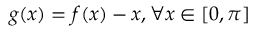
g ( x ) = f ( x ) - x , \forall x \in [ 0 , \pi ]